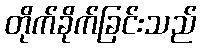
တိုက်ခိုက်ခြင်းသည်